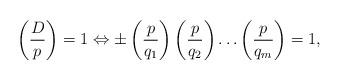
LaTeX: \begin{align*} \left(\dfrac{D}{p}\right) =1 \Leftrightarrow \pm \left(\dfrac{p}{q_1}\right)\left(\dfrac{p}{q_2}\right)\ldots \left(\dfrac{p}{q_m}\right)=1, \end{align*}